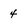
Character: 4